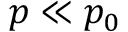
p \ll p _ { 0 }